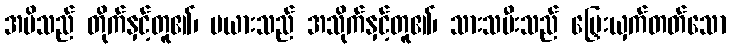
အမိသည် တိုက်နှင့်တူ၏၊ မယားသည် အသိုက်နှင့်တူ၏၊ သားသမီးသည် မြှေးယှက်တတ်သော